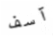
آسف